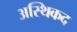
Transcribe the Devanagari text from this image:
अस्थिकद